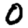
Digit: 0